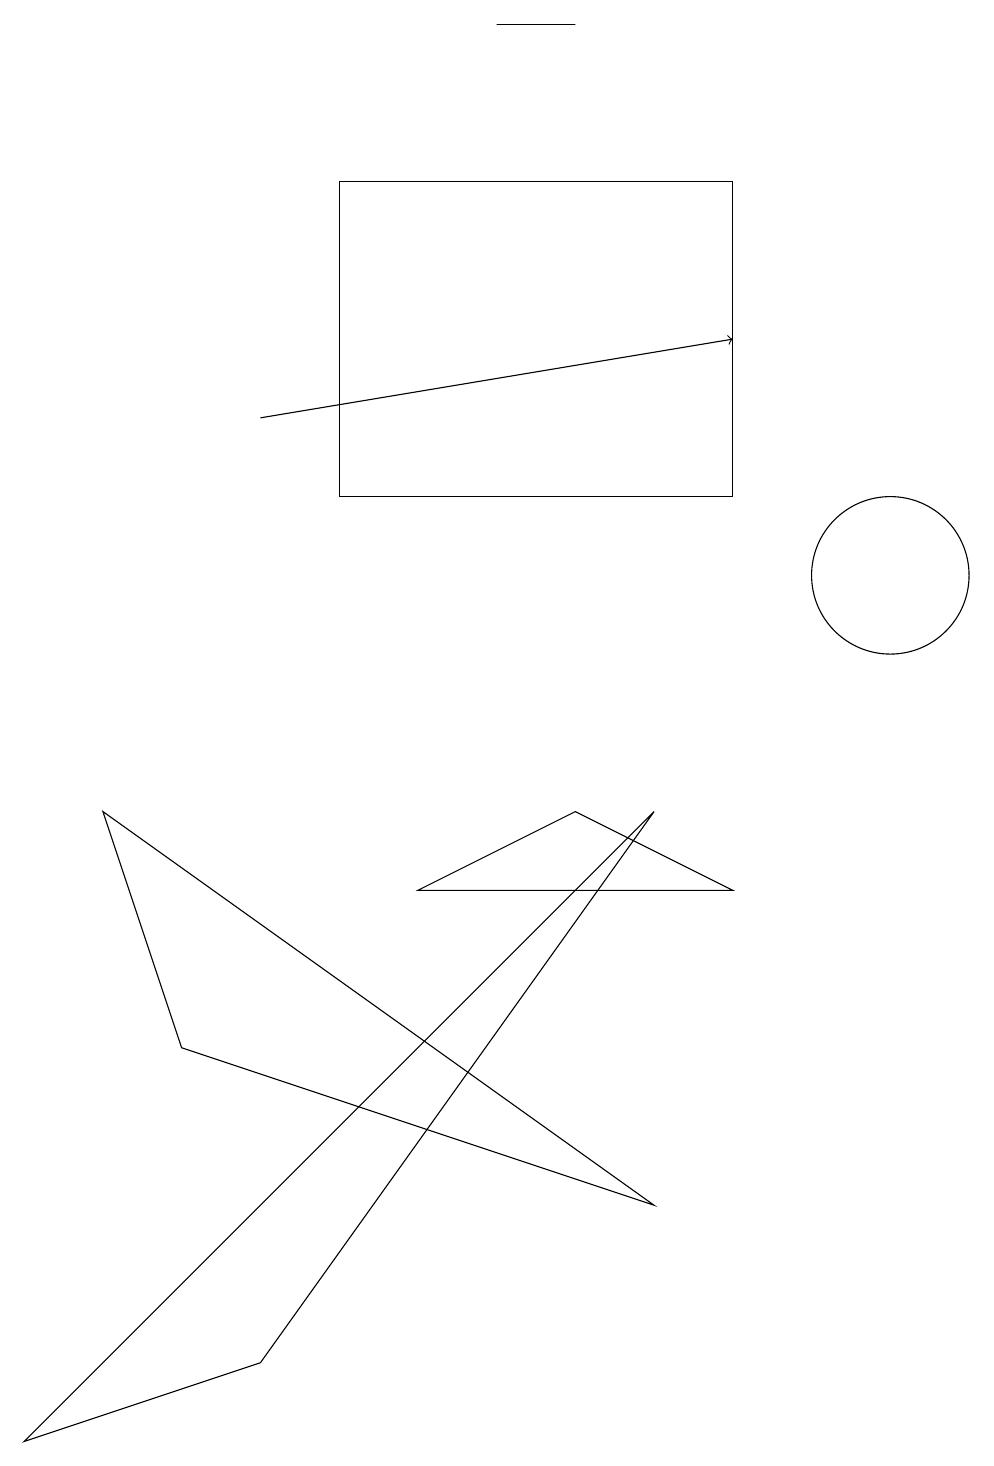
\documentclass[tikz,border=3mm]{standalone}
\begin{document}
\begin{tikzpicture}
\draw (9,7) -- (7,8) -- (5,7) -- cycle;
\draw[->] (3,13) -- (9,14);
\draw (7,18) rectangle (6,18);
\draw (10,11) circle (0);
\draw (2,5) -- (8,3) -- (1,8) -- cycle;
\draw (8,8) -- (3,1) -- (0,0) -- cycle;
\draw (9,12) rectangle (4,16);
\draw (11,11) circle (1);
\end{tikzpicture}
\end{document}